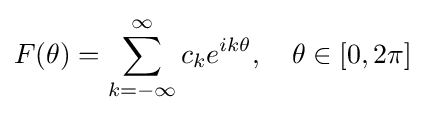
F(\theta )=\sum \limits _{k=-\infty }^{\infty }c_{k}e^{ik\theta },\quad \theta \in [0,2\pi ]